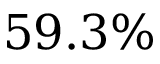
5 9 . 3 \%